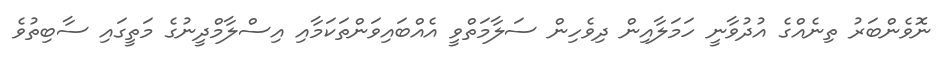
ނޮވެންބަރު ތިނެއްގެ އުދުވާނީ ހަމަލާއިން ދިވެހިން ސަލާމަތްވީ އެއްބައިވަންތަކަމާއި އިސްލާމްދީނުގެ މަތީގައި ސާބިތުވެ